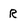
Character: R